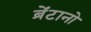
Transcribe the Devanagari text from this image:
ब्रेंटानो